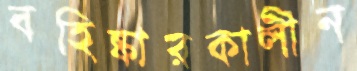
বহিষ্কারকালীন